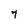
Character: 7